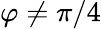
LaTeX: \varphi\neq\pi/4